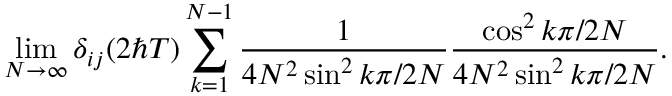
\operatorname * { l i m } _ { N \rightarrow \infty } \delta _ { i j } ( 2 \hbar T ) \sum _ { k = 1 } ^ { N - 1 } \frac { 1 } { 4 N ^ { 2 } \sin ^ { 2 } k \pi / 2 N } \frac { \cos ^ { 2 } k \pi / 2 N } { 4 N ^ { 2 } \sin ^ { 2 } k \pi / 2 N } .